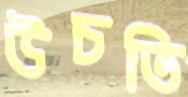
উচতি